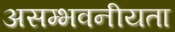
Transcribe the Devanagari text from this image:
असम्भवनीयता